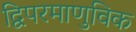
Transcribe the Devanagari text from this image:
द्विपरमाणुविक